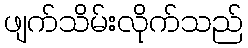
ဖျက်သိမ်းလိုက်သည်